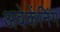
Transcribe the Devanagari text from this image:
अवेकेंनिंग